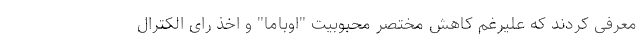
معرفی کردند که علیرغم کاهش مختصر محبوبیت "اوباما" و اخذ رای الکترال